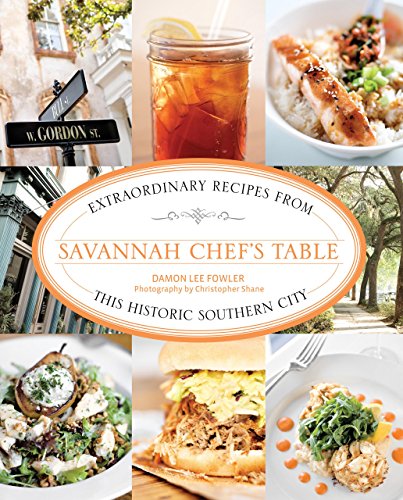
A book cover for Savannah Chef's Table: Extraordinary Recipes From This Historic Southern City; Damon Fowler; Travel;